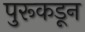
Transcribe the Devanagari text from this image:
पुरूकडून